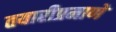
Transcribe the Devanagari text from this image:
तयारीप्रमाणे